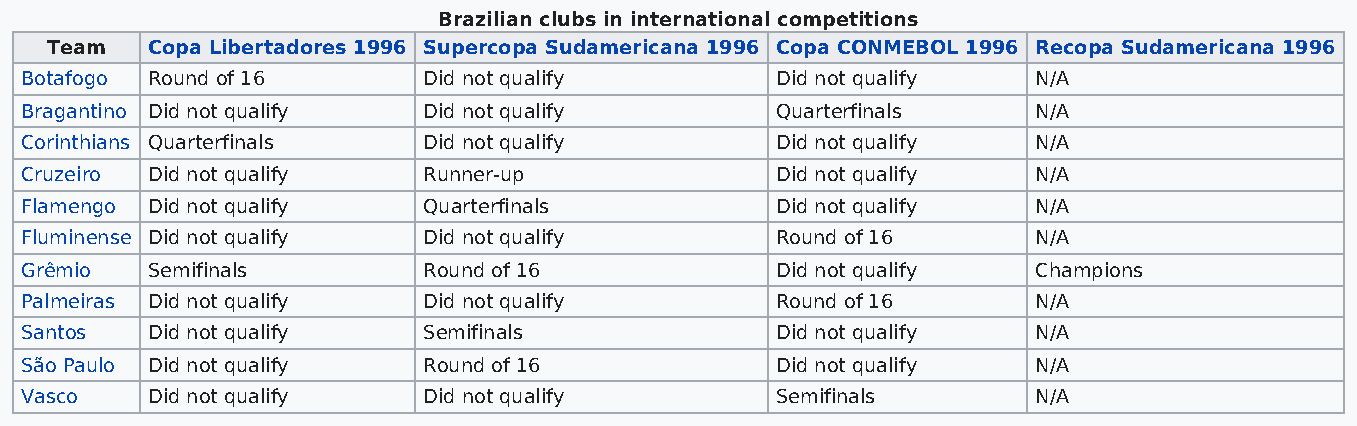
Brazilian clubs in international competitions
 Team   Copa Libertadores 1996 Supercopa Sudamericana 1996 Copa CONMEBOL 1996 Recopa Sudamericana 1996
 Botafogo Round of 16       Did not qualify        Did not qualify   N/A
 Bragantino Did not qualify Did not qualify        Quarterfinals     N/A
 Corinthians Quarterfinals  Did not qualify        Did not qualify   N/A
 Cruzeiro Did not qualify   Runner-up              Did not qualify   N/A
 Flamengo Did not qualify   Quarterfinals          Did not qualify   N/A
 Fluminense Did not qualify Did not qualify        Round of 16       N/A
 Grêmio   Semifinals        Round of 16            Did not qualify   Champions
 Palmeiras Did not qualify  Did not qualify        Round of 16       N/A
 Santos   Did not qualify   Semifinals             Did not qualify   N/A
 São Paulo Did not qualify  Round of 16            Did not qualify   N/A
 Vasco    Did not qualify   Did not qualify        Semifinals        N/A